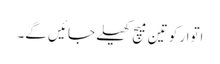
اتوار کو تین میچ کھیلے جائیں گے۔